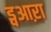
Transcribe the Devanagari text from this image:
ड्वआऱा